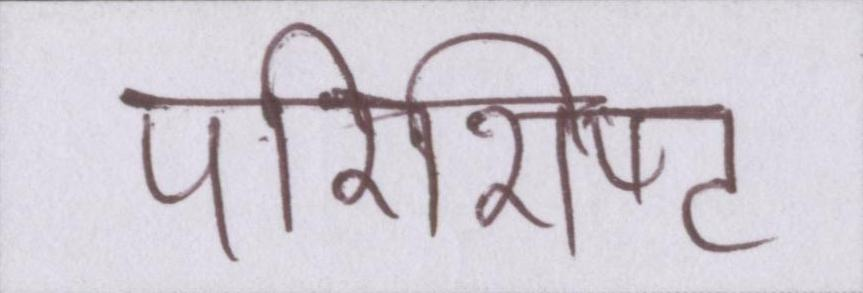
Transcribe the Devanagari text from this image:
परिशिष्ट